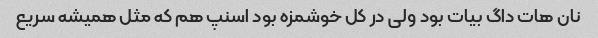
نان هات داگ بیات بود ولی در کل خوشمزه بود اسنپ هم که مثل همیشه سریع